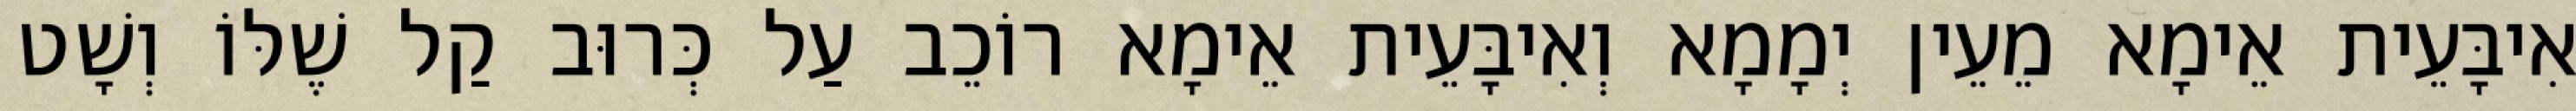
אִיבָּעֵית אֵימָא מֵעֵין יְמָמָא וְאִיבָּעֵית אֵימָא רוֹכֵב עַל כְּרוּב קַל שֶׁלּוֹ וְשָׁט